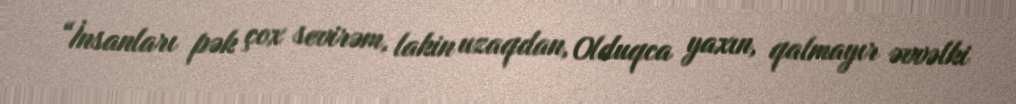
“İnsanları pək çox sevirəm, lakin uzaqdan, Olduqca yaxın, qalmayır əvvəlki